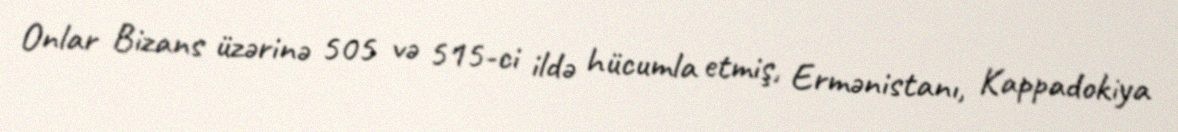
Onlar Bizans üzərinə 505 və 515-ci ildə hücumla etmiş, Ermənistanı, Kappadokiya